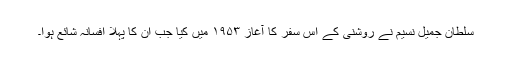
سلطان جمیل نسیم نے روشنی کے اس سفر کا آغاز ۱۹۵۳ میں کیا جب ان کا پہلا افسانہ شائع ہوا۔